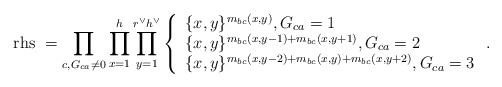
\begin{align*}\mathrm{rhs\ }=\prod_{c, G_{ca}\neq 0}\prod_{x=1}^{h}\prod_{y=1}^{r^{\vee}h^{\vee}}\left\{\begin{array}{l}\{x,y\}^{m_{bc}(x,y)}, G_{ca}=1 \\\{x,y\}^{m_{bc}(x,y-1)+m_{bc}(x,y+1)}, G_{ca}=2 \\\{x,y\}^{m_{bc}(x,y-2)+m_{bc}(x,y)+m_{bc}(x,y+2)}, G_{ca}=3\end{array} \right. .\end{align*}